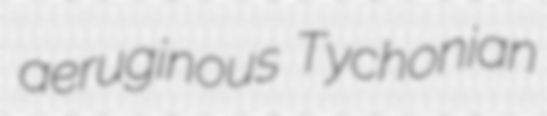
aeruginous Tychonian